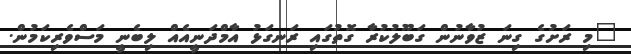
"މި ރަށުގެ ގިނަ ޒުވާނުން ގަބޫލުކުރާ ގޮތުގައި ރަނގަޅު އާމްދަނީއެއް ލިބެނީ މަސްވެރިކަމުން.